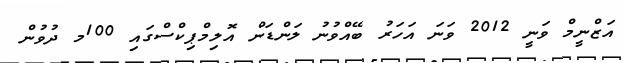
އަޒްނީމް ވަނީ 2012 ވަނަ އަހަރު ބޭއްވުނު ލަންޑަން އޮލިމްޕިކްސްގައި 100މ ދުވުން